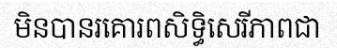
មិនបានរគោរពសិទ្ធិសេរីភាពជា